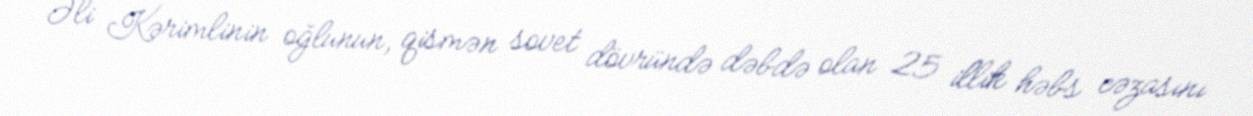
Əli Kərimlinin oğlunun, qismən sovet dövründə dəbdə olan 25 illik həbs cəzasını